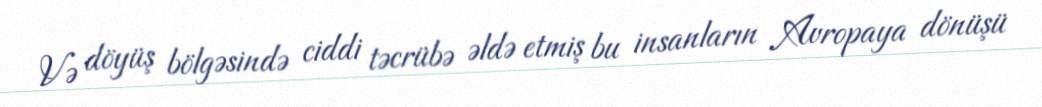
Və döyüş bölgəsində ciddi təcrübə əldə etmiş bu insanların Avropaya dönüşü